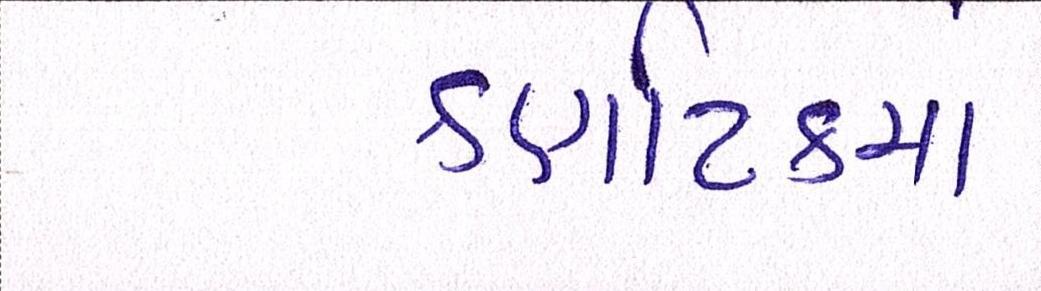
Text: કર્ણાટકમાં